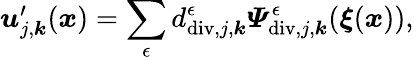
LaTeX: \begin{array}{r}{\boldsymbol{u}_{j,\boldsymbol{k}}^{\prime}(\boldsymbol{x})=\displaystyle\sum_{\epsilon}d_{\mathrm{div},j,\boldsymbol{k}}^{\epsilon}\boldsymbol{\varPsi}_{\mathrm{div},j,\boldsymbol{k}}^{\epsilon}(\boldsymbol{\xi}(\boldsymbol{x})),}\end{array}